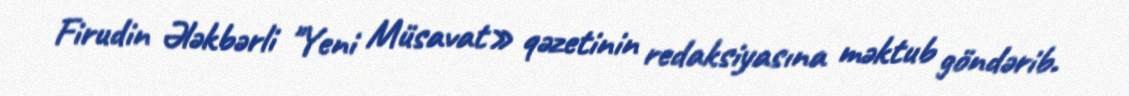
Firudin Ələkbərli "Yeni Müsavat» qəzetinin redaksiyasına məktub göndərib.